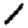
Digit: 1